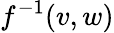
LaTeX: f^{-1}(v,w)